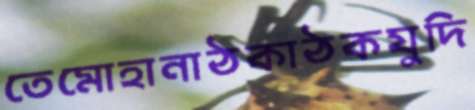
তেমোহানাঠকাঠকযুদি